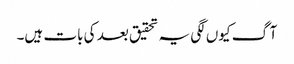
آگ کیوں لگی یہ تحقیق بعد کی بات ہیں۔